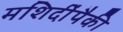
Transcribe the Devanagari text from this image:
मशिदींपैकी